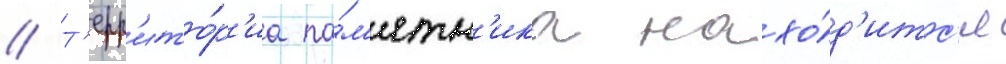
// Т'ерр'ито́р'иа па́м'ятн'ика нахо́д'итс'я